Report on lock hospitals in British Burma
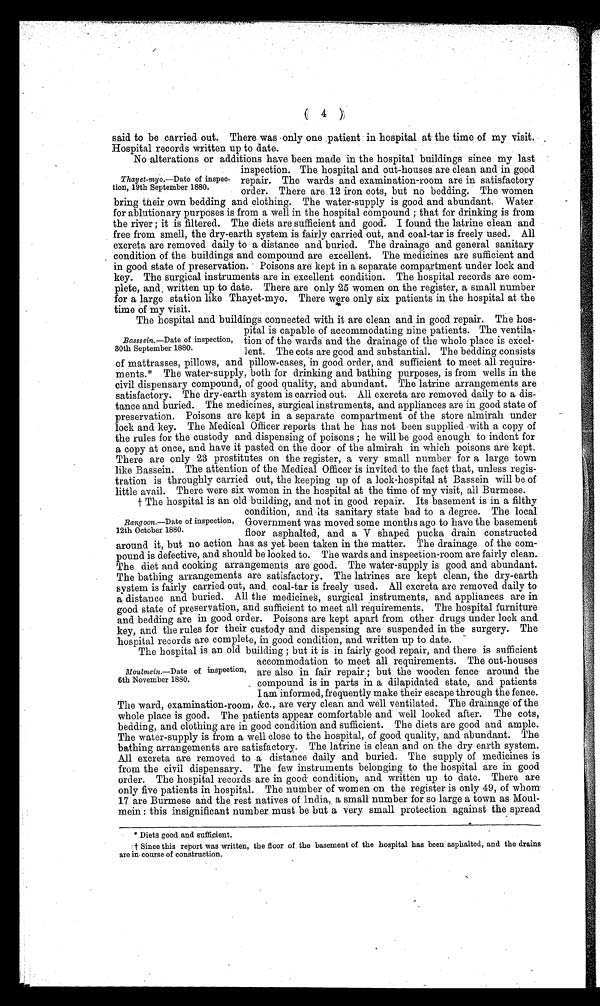
( 4 )
said to be carried out. There was only one patient in hospital at the time of my visit.
Hospital records written up to date.
No alterations or additions have been made in the hospital buildings since my last
inspection. The hospital and out-houses are clean and in good
repair. The wards and examination-room are in satisfactory
order. There are 12 iron cots, but no bedding. The women
bring their own bedding and clothing. The water-supply is good and abundant. Water
for ablutionary purposes is from a well in the hospital compound ; that for drinking is from
the river ; it is filtered. The diets are sufficient and good. I found the latrine clean and
free from smell, the dry-earth system is fairly carried out, and coal-tar is freely used. All
excreta are removed daily to a distance and buried. The drainage and general sanitary
condition of the buildings and compound are excellent. The medicines are sufficient and
in good state of preservation. Poisons are kept in a separate compartment under lock and
key. The surgical instruments are in excellent condition. The hospital records are com
plete, and written up to date. There are only 25 women on the register, a small number
for a large station like Thayet-myo. There were only six patients in the hospital at the
time of my visit.
The hospital and buildings connected with it are clean and in good repair. The hos
pital is capable of accommodating nine patients. The ventila
tion of the wards and the drainage of the whole place is excel-
lent. The cots are good and substantial. The bedding consists
of mattresses, pillows, and pillow-cases, in good order, and sufficient to meet all require
ments.* The water-supply, both for drinking and bathing purposes, is from wells in the
civil dispensary compound, of good quality, and abundant. The latrine arrangements are
satisfactory. The dry-earth system is carried out. All excreta are removed daily to a dis
tance and buried. The medicines, surgical instruments, and appliances are in good state of
preservation. Poisons are kept in a separate compartment of the store almirah under
lock and key. The Medical Officer reports that he has not been supplied with a copy of
the rules for the custody and dispensing of poisons ; he will be good enough to indent for
a copy at once, and have it pasted on the door of the almirah in which poisons are kept.
There are only 23 prostitutes on the register, a very small number for a large town
like Bassein. The attention of the Medical Officer is invited to the fact that, unless regis
tration is throughly carried out, the keeping up of a lock-hospital at Bassein will be of
little avail. There were six women in the hospital at the time of my visit, all Burmese.
† The hospital is an old building, and not in good repair. Its basement is in a filthy
condition, and its sanitary state bad to a degree. The local
Government was moved some months ago to have the basement
floor asphalted, and a V shaped pucka drain constructed
around it, but no action has as yet been taken in the matter. The drainage of the com
pound is defective, and should be looked to. The wards and inspection-room are fairly clean.
The diet and cooking arrangements are good. The water-supply is good and abundant.
The bathing arrangements are satisfactory. The latrines are kept clean, the dry-earth
system is fairly carried out, and coal-tar is freely used. All excreta are removed daily to
a distance and buried. All the medicine's, surgical instruments, and appliances are in
good state of preservation, and sufficient to meet all requirements. The hospital furniture
and bedding are in good order. Poisons are kept apart from other drugs under lock and
key, and the rules for their custody and dispensing are suspended in the surgery. The
hospital records are complete, in good condition, and written up to date.
The hospital is an old building ; but it is in fairly good repair, and there is sufficient
accommodation to meet all requirements. The out-houses
are also in fair repair ; but the wooden fence around the
compound is in parts in a dilapidated state, and patients
I am informed, frequently make their escape through the fence.
The ward, examination-room, &c., are very clean and well ventilated. The drainage of the
whole place is good. The patients appear comfortable and well looked after. The cots,
bedding, and clothing are in good condition and sufficient. The diets are good and ample
The water-supply is from a well close to the hospital, of good quality, and abundant. T h e
bathing arrangements are satisfactory. The latrine is clean and on the dry earth system.
All excreta are removed to a distance daily and buried. The supply of medicines is
from the civil dispensary. The few instruments belonging to the hospital are in good
order. The hospital records are in good condition, and written up to date. There are
only five patients in hospital. The number of women on the register is only 49, of who
m 17 are Burmese and the rest natives of India, a small number for so large a town as
M o u l -
mein : this insignificant number must be but a very small protection against the spread
* Diets good and sufficient.
† Since this report was written, the floor of the basement of the hospital has been asphalted, and the drains
are in course of construction.
Thayet-myo.—Date of inspec-
tion, 19th September 1880.
Basssein.—D ate of inspection,
30th September 1880.
Rang oon.—Date of inspection,
12th October 1880.
Moulmein.—Date of inspection,
6th November 1880.